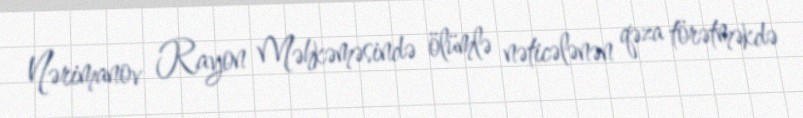
Nərimanov Rayon Məhkəməsində ölümlə nəticələnən qəza törətməkdə